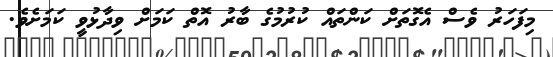
މިފަހަރު ވެސް އެގޮތަށް ކަންތައް ކުރުމުގެ ބާރު އޮތް ކަމަށް ވިދާޅުވީ ކަމަށެވެ.